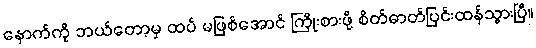
နောက်ကို ဘယ်တော့မှ ထပ် မဖြစ်အောင် ကြိုးစားဖို့ စိတ်ဓာတ်ပြင်းထန်သွားပြီ။